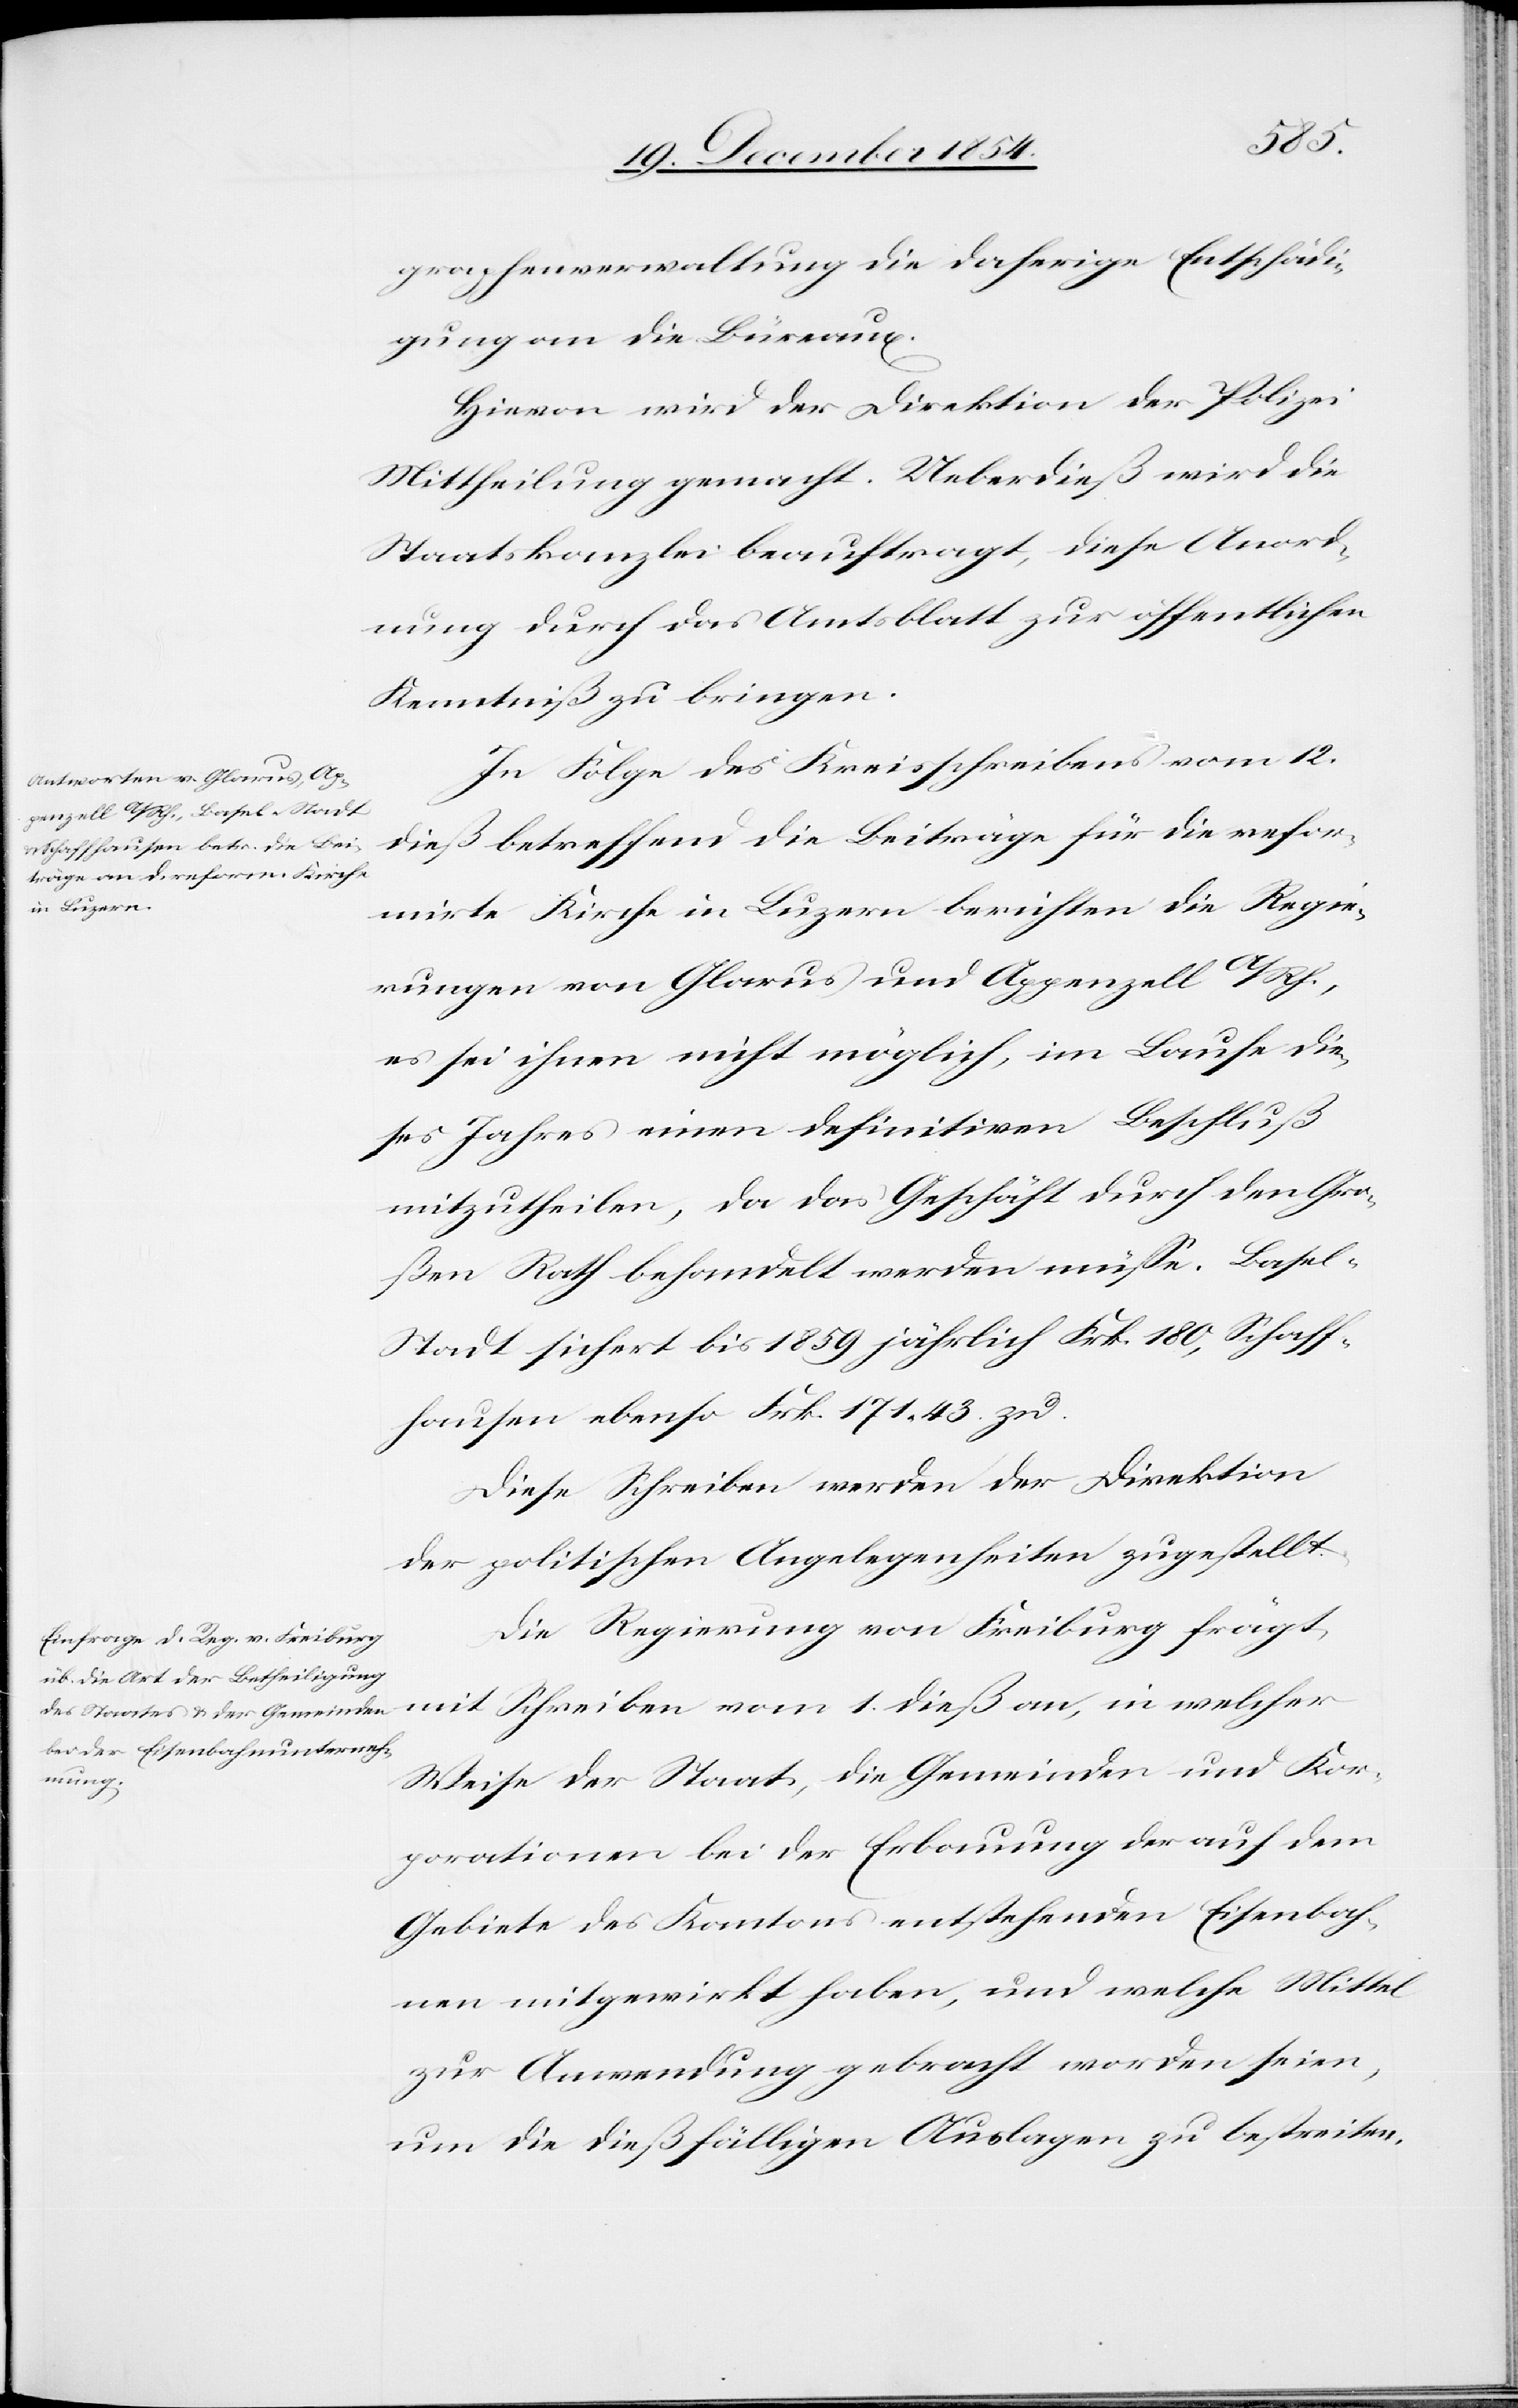
graphenverwaltung die daherige Entschädi¬
gung an die Büreaux.
Hievon wird der Direktion der Polizei
Mittheilung gemacht. Ueberdieß wird die
Staatskanzlei beauftragt, diese Anord¬
nung durch das Amtsblatt zur öffentlichen
Kenntniß zu bringen.
In Folge des Kreisschreibens vom 12.
dieß betreffend die Beiträge für die refor¬
mirte Kirche in Luzern berichten die Regie¬
rungen von Glarus und Appenzell A/Rh.,
es sei ihnen nicht möglich, im Laufe die¬
ses Jahres einen definitiven Beschluß
mitzutheilen, da das Geschäft durch den Gro¬
ßen Rath behandelt werden müße. Basel-S¬
tadt sichert bis 1859 jährlich Frk. 180, Schaff¬
hausen ebenso Frk. 171. 43. zu.
Diese Schreiben werden der Direktion
der politischen Angelegenheiten zugestellt.
Die Regierung von Freiburg frägt
mit Schreiben vom 1. dieß an, in welcher
Weise der Staat, die Gemeinden und Kor¬
porationen bei der Erbauung der auf dem
Gebiete des Kantons entstehenden Eisenbah¬
nen mitgewirkt haben, und welche Mittel
zur Anwendung gebracht worden seien,
um die dießfälligen Auslagen zu bestreiten.